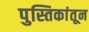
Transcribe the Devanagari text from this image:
पुस्तिकांतून